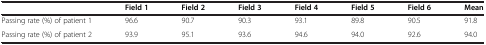
<table><thead><tr><td></td><td><b>Field 1</b></td><td><b>Field 2</b></td><td><b>Field 3</b></td><td><b>Field 4</b></td><td><b>Field 5</b></td><td><b>Field 6</b></td><td><b>Mean</b></td></tr></thead><tbody><tr><td>Passing rate (%) of patient 1</td><td>96.6</td><td>90.7</td><td>90.3</td><td>93.1</td><td>89.8</td><td>90.5</td><td>91.8</td></tr><tr><td>Passing rate (%) of patient 2</td><td>93.9</td><td>95.1</td><td>93.6</td><td>94.6</td><td>94.0</td><td>92.6</td><td>94.0</td></tr></tbody></table>